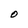
Character: O